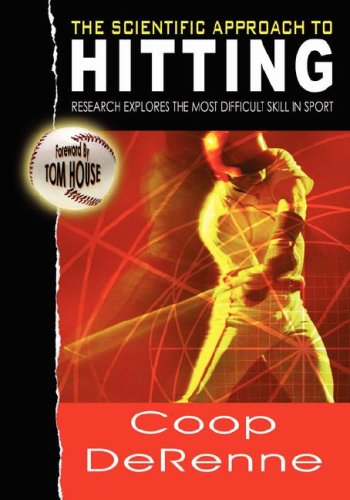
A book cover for The Scientific Approach to Hitting: Research Explores the Most Difficult Skill in Sport; Coop DeRenne; Sports & Outdoors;